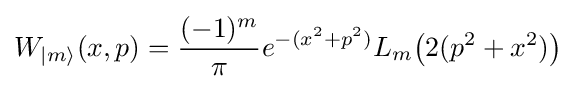
W_{|m\rangle }(x,p)={\frac {(-1)^{m}}{\pi }}e^{-(x^{2}+p^{2})}L_{m}{\big (}2(p^{2}+x^{2}){\big )}